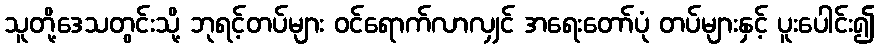
သူတို့ဒေသတွင်းသို့ ဘုရင့်တပ်များ ဝင်ရောက်လာလျှင် အရေးတော်ပုံ တပ်များနှင့် ပူးပေါင်း၍